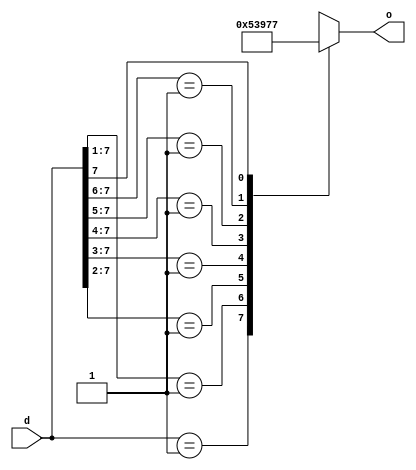
`timescale 1ns / 1ps
//////////////////////////////////////////////////////////////////////////////////
// Company: 
// Engineer: 
// 
// Design Name: 
// Module Name:    PriorityEncoderB 
// Project Name: 
// Target Devices: 
// Tool versions: 
// Description: 
//
// Dependencies: 
//
// Revision: 
// Revision 0.01 - File Created
// Additional Comments: 
//
//////////////////////////////////////////////////////////////////////////////////
module PriorityEncoderB(
	 input [7:0] d,
	 output reg [2:0] o
    );
always @(d)
begin
casex(d)
8'b00000001:o=3'b000;
8'b0000001x:o=3'b001;
8'b000001xx:o=3'b010;
8'b00001xxx:o=3'b011;
8'b0001xxxx:o=3'b100;
8'b001xxxxx:o=3'b101;
8'b01xxxxxx:o=3'b110;
8'b1xxxxxxx:o=3'b111;
default:o=3'bxxx;
endcase
end

endmodule